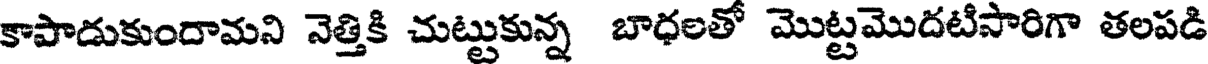
కాపాడుకుందామని నెత్తికి చుట్టుకున్న బాధలతో మొట్టమొదటిసారిగా తలపడి